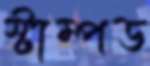
স্টাম্পড